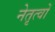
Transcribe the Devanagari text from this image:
नेतृत्वों